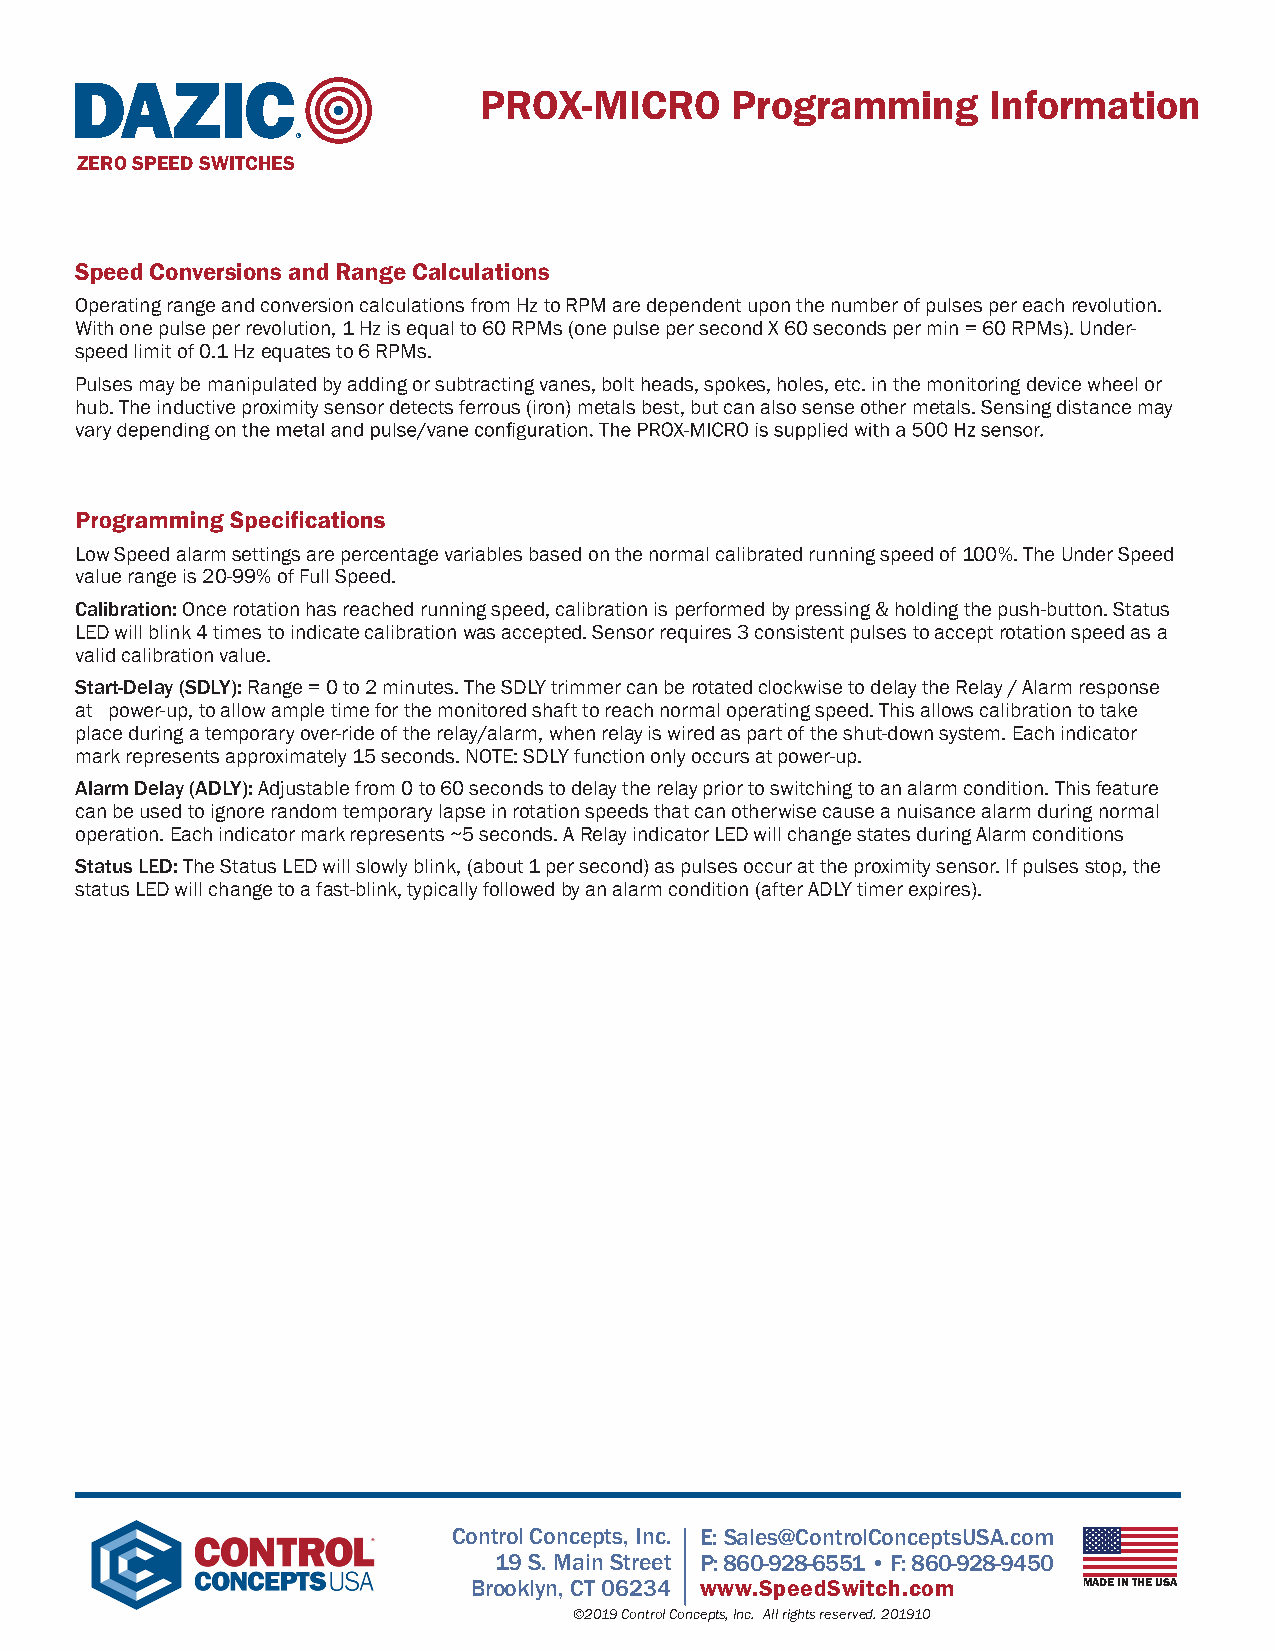
PROX-MICRO      Programming      Information
 ®
 ZERO SPEED SWITCHES
 Speed Conversions and Range Calculations
 Operating range and conversion calculations from Hz to RPM are dependent upon the number of pulses per each revolution.
 With one pulse per revolution, 1 Hz is equal to 60 RPMs (one pulse per second X 60 seconds per min = 60 RPMs). Under-
 speed limit of 0.1 Hz equates to 6 RPMs.
 Pulses may be manipulated by adding or subtracting vanes, bolt heads, spokes, holes, etc. in the monitoring device wheel or
 hub. The inductive proximity sensor detects ferrous (iron) metals best, but can also sense other metals. Sensing distance may
 Low Speed alarm settings are percentage variables based on the normal calibrated running speed of 100%. The Under Speed
 value range is 20-99% of Full Speed.
 Calibration: Once rotation has reached running speed, calibration is performed by pressing & holding the push-button. Status
 LED will blink 4 times to indicate calibration was accepted. Sensor requires 3 consistent pulses to accept rotation speed as a
 valid calibration value.
 Start-Delay (SDLY): Range = 0 to 2 minutes. The SDLY trimmer can be rotated clockwise to delay the Relay / Alarm response
 at power-up, to allow ample time for the monitored shaft to reach normal operating speed. This allows calibration to take
 place during a temporary over-ride of the relay/alarm, when relay is wired as part of the shut-down system. Each indicator
 mark represents approximately 15 seconds. NOTE: SDLY function only occurs at power-up.
 Alarm Delay (ADLY): Adjustable from 0 to 60 seconds to delay the relay prior to switching to an alarm condition. This feature
 can be used to ignore random temporary lapse in rotation speeds that can otherwise cause a nuisance alarm during normal
 operation. Each indicator mark represents ~5 seconds. A Relay indicator LED will change states during Alarm conditions
 Status LED: The Status LED will slowly blink, (about 1 per second) as pulses occur at the proximity sensor. If pulses stop, the
 status LED will change to a fast-blink, typically followed by an alarm condition (after ADLY timer expires).
 Control Concepts, Inc. E: Sales@ControlConceptsUSA.com
 19 S. Main Street P: 860-928-6551 • F: 860-928-9450
 Brooklyn, CT 06234 www.SpeedSwitch.com   MADE IN THE USA
 ©2019 Control Concepts, Inc. All rights reserved. 201910